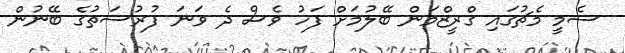
ސެމީ މެޗުގައި ގްރީޒްމަން ބޭލުމަށް ފަހު ވެސް ދެ ވަނަ ފުރުސަތުގެ ބޭނުން